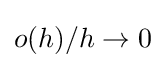
\textstyle o(h)/h\rightarrow 0